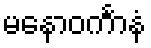
မနောဝင်္ကာနံ